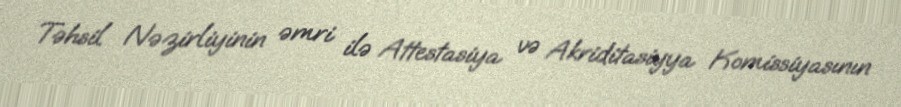
Təhsil Nəzirliyinin əmri ilə Attestasiya və Akriditasiyya Komissiyasının